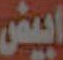
ابيض